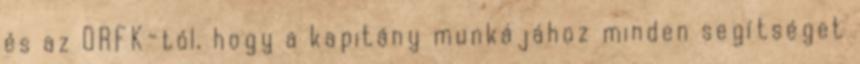
és az ORFK-tól, hogy a kapitány munkájához minden segítséget